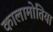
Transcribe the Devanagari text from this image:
कालामोतिया